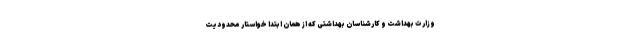
وزارت بهداشت و کارشناسان بهداشتی که از همان ابتدا خواستار محدودیت